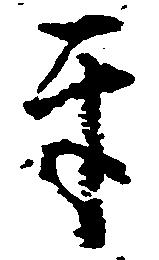
互